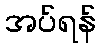
အပ်ရန်